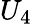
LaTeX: U_{4}